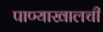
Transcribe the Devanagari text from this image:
पाण्याखालची